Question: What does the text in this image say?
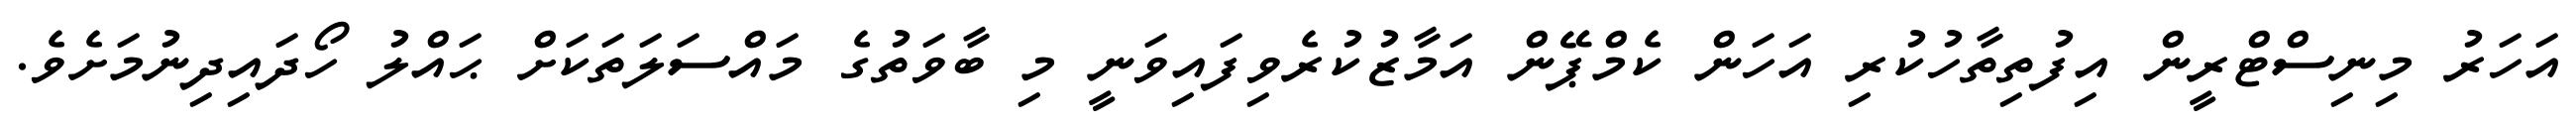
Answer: އަހަރު މިނިސްޓްރީން އިފުތިތާހުކުރި އަހަން ކެމްޕޭން އަމާޒުކުރެވިފައިވަނީ މި ބާވަތުގެ މައްސަލަތަކަށް ޙައްލު ހޯދައިދިނުމަށެވެ.